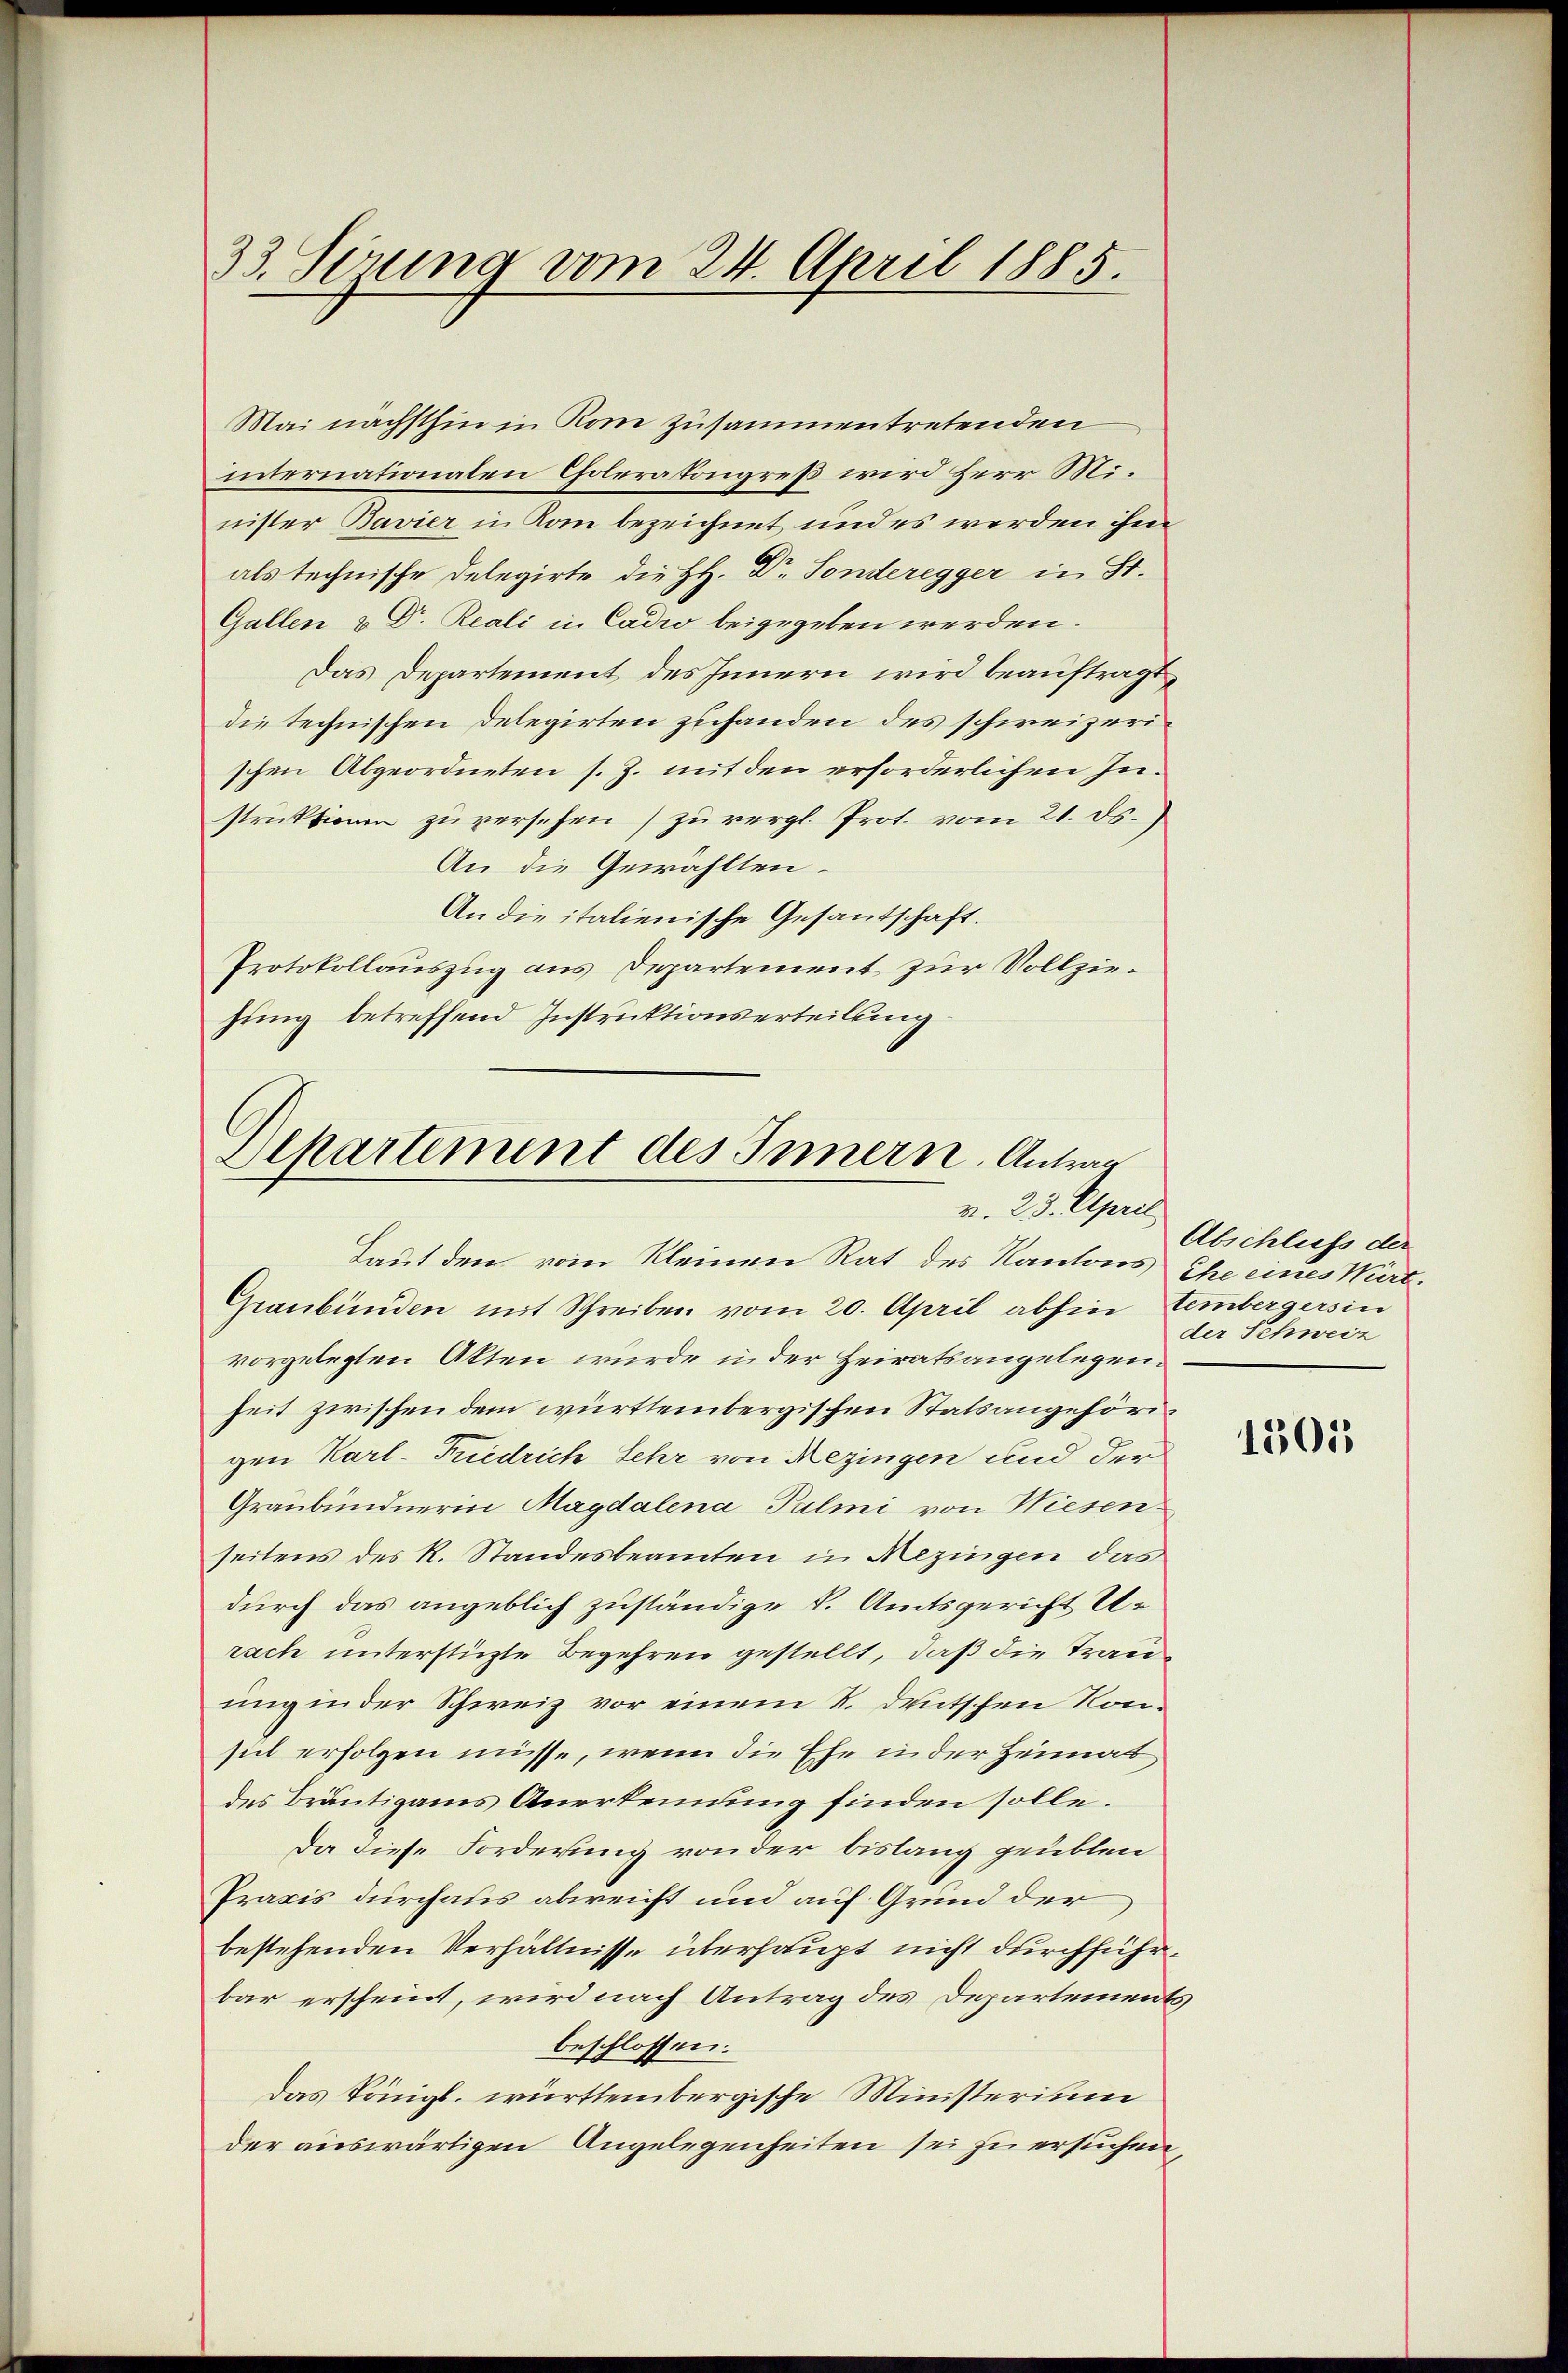
33. Serung vom 24. April 1885.

Mai nächsthin in Rom zusammentretenden
internationaten Goleratongreß wird Herr M.
nister Bavier in Kom bezeichnet und es werden ihm
als technische Delegirte die HH. Dr. Sonderegger in St.
Gallen u Dr. Reali in Cadio beigegeben werden.
Das Departement des Innern wird beauftragt,
die technischen Delegirten zuhanden des schweizerischen Abgeordneten s. Z. mit den erforderlichen Instruktionen zu versehen zu vergl. Prot. vom 21. ds.
An die Gewählten.
An die italienische Gesandtschaft.
Protokollauszug aus Departement zur Vollziehung betreffend Instruktionserteilung

Separtement des Innern. Antrag
v. 23. April
Laut den vom Kleinen Rat des Kantons Ehe eines Würt¬

Graubünden mit Schreiben vom 20. April abhin Eimbergersin
vorgelegten Akten wurde in der Heiratsangelegen.
heit zwischen dem württembergischen Statsangehörigen Karl-Friedrich Sehr von Rezingen und der
Graubündnerin Magdalena Palmi von Wiesen
seitens des R. Standesbeamten in Rezingen das
durch das angeblich zuständige S. Amtsgericht Urach unterstützte Begehren gestellt, daß die Trauung in der Schweiz vor einem R. deutschen Konsich erfolgen müsse, wenn die Ehe in der Heimat
des Bräutigams Anerkennung finden solle.
Da diese Forderung von der bislang geüblen
Praxis durchaus abweicht und auf Grund der
bestehenden Verhältnisse überhaupt nicht durchführbar erscheint, wird nach Antrag des Departements
beschlossen:
Das Königl. württembergische Ministerium
der auswärtigen Angelegenheiten sei zu ersuchen,

Abschluss der
der Schweiz

1505